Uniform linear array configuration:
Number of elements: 32
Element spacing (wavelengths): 0.5
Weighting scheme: kaiser
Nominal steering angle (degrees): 60
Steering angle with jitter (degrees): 60.599
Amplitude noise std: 0.05
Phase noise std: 0.05

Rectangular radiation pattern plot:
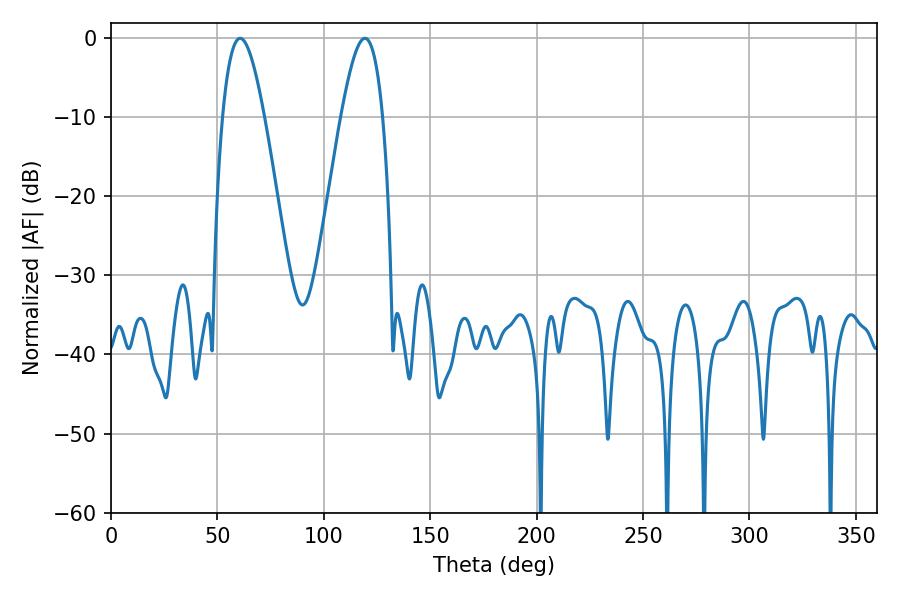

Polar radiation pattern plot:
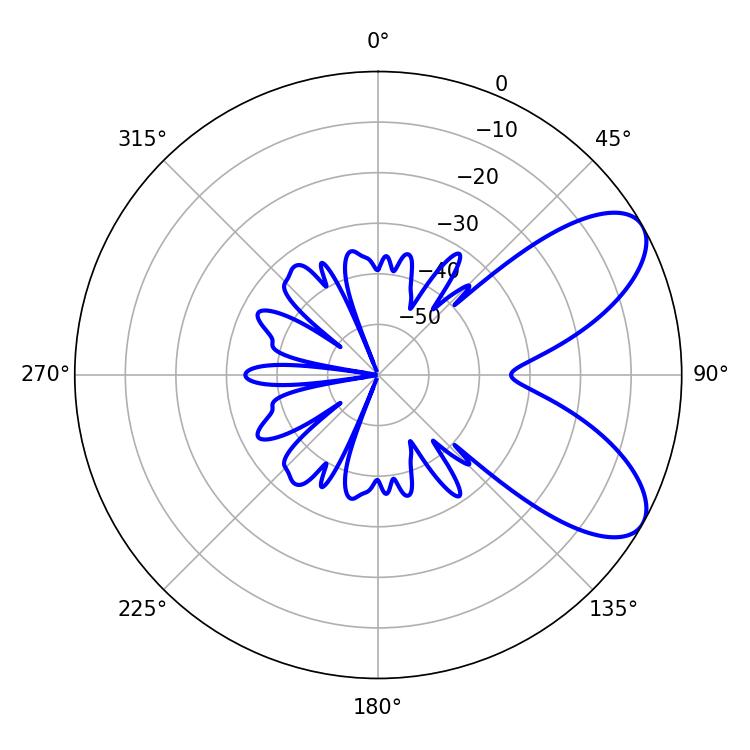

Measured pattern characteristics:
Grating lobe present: FALSE
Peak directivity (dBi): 7.532
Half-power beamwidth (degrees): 10.62
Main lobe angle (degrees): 60.66